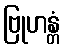
ဗြုဟန္တံ